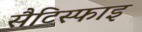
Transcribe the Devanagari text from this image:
सैटिस्फाइ